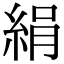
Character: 絹